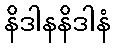
နိဒါနနိဒါနံ